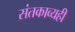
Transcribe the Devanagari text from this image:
संतकाव्यही